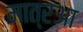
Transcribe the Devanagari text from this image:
मात्रआ